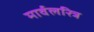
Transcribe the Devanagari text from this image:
मार्वलरित्र